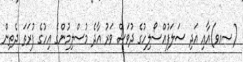
(ސއވ)އާއި އަދި ސަލަފުއްސޯލިހުގެ ދުވަސް ވަރު އާދެ މުސްލިމުންގެ އިހުގެ ފުރަތަ ދެތިން